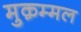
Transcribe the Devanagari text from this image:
मुक़म्मल